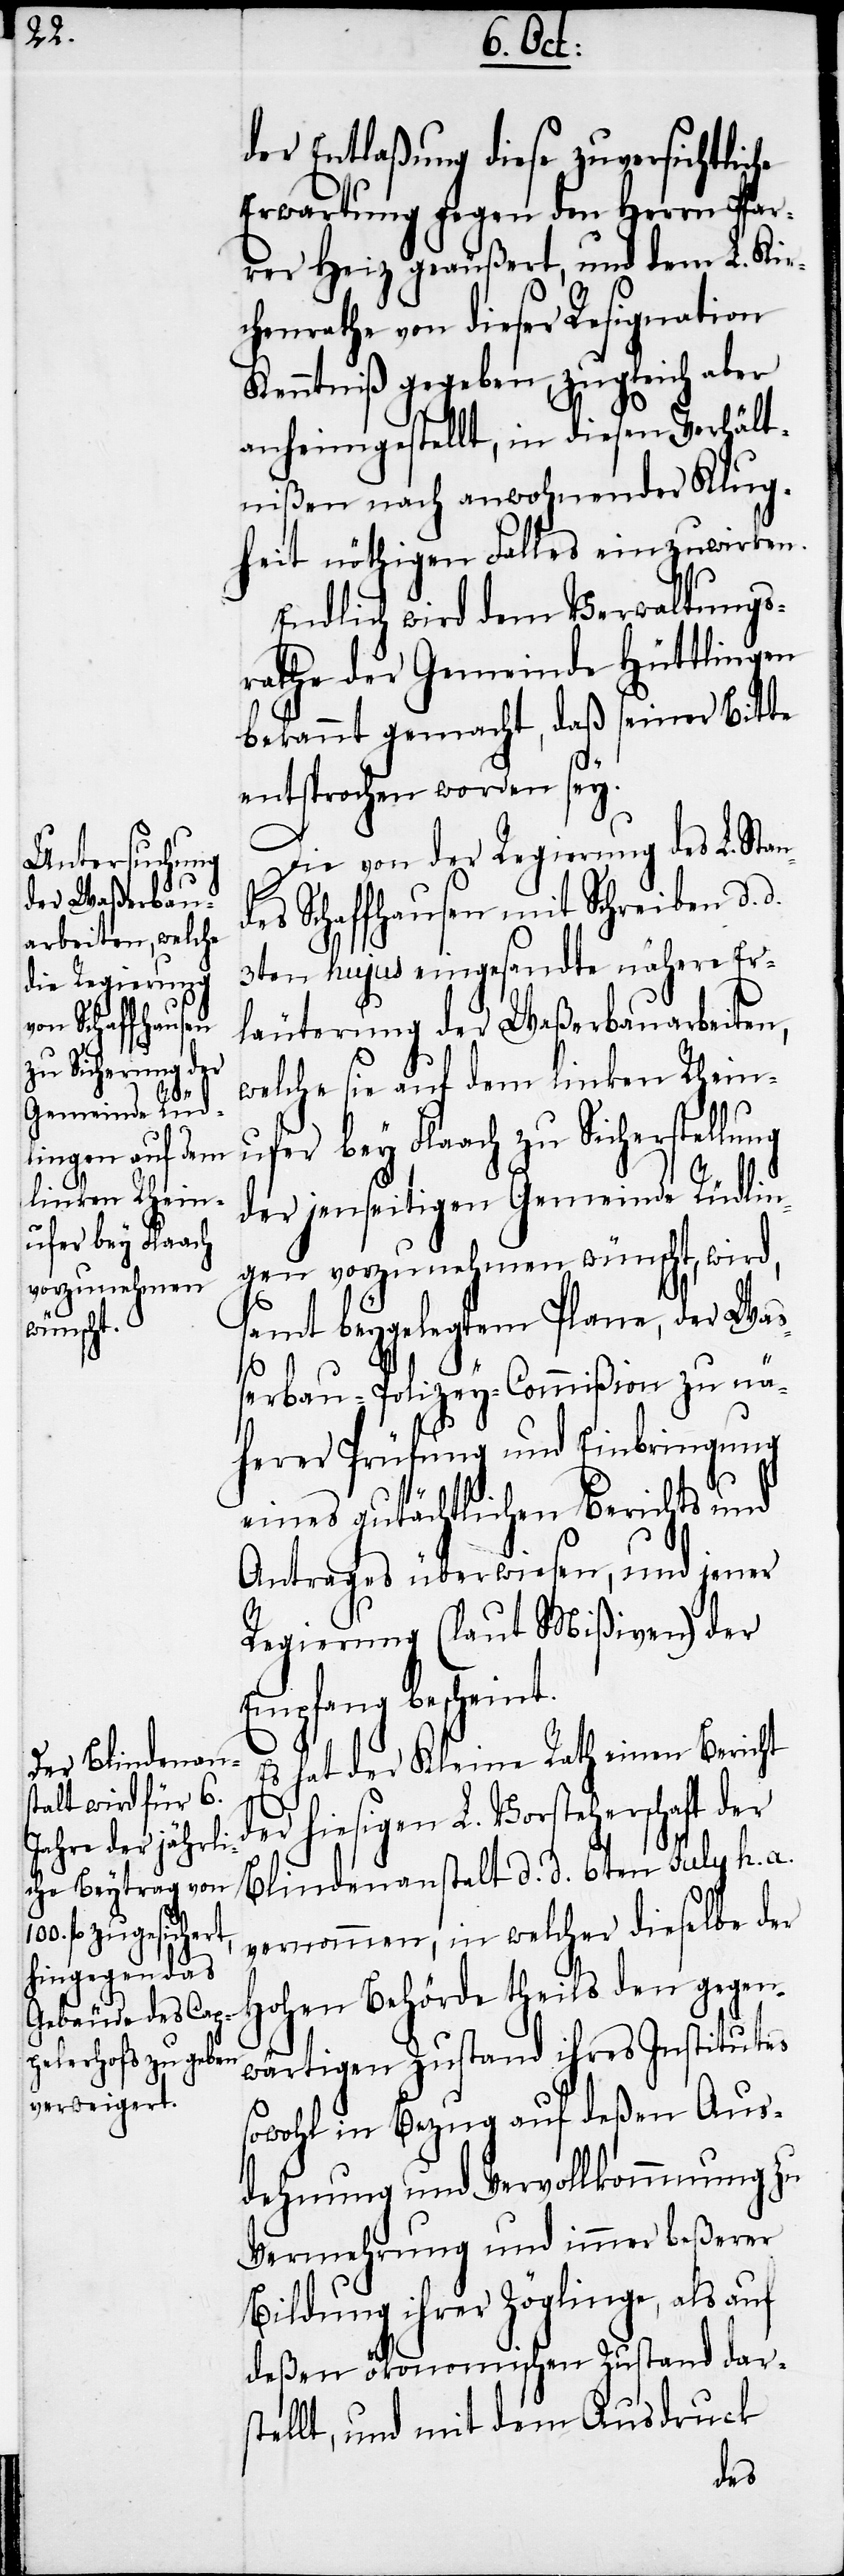
n¬

der Entlaßung diese zuversichtliche
Erwartung gegen den Herrn Pfar¬
rer Heiz geäußert, und dem L. Kir¬
chenrathe von dieser Resignation
Kenntniß gegeben, zugleich aber
anheimgestellt, in diesen Verhält¬
nißen nach anwohnender Klug¬
heit nöthigen Falles einzuwirken.
Endlich wird dem Verwaltungs¬
rathe der Gemeinde Hüttlingen
bekannt gemacht, daß seiner Bitte
entsprochen worden sey.
Die von der Regierung des L. Sta¬
des Schaffhausen mit Schreiben d.
3ten hujus eingesandte nähere Er¬
läuterung der Waßerbauarbeiten,
welche sie auf dem linken Rhein¬
ufer bey Flaach zu Sicherstellung
der jenseitigen Gemeinde Rüdlin¬
gen vorzunehmen wünscht, wird,
samt beygelegtem Plane, der Wa¬
ßerbau-Polizey-Commißion zu nä¬
herer Prüfung und Einbringung
eines gutächtlichen Berichts und
Antrages überwiesen, und jener
Regierung (laut Mißiven) der
Empfang bescheint.
Es hat der Kleine Rath einen Bericht
hiesigen L. Vorsteherschaft der
Blindenanstalt d. d. 6ten July h. a.
vernommen, in welcher dieselbe der
hohen Behörde theils den gegen¬
wärtigen Zustand ihres Institutes
sowohl in Bezug auf deßen Aus¬
dehnung und Vervollkommnung zu
Vermehrung und immer beßerer
Bildung ihrer Zöglinge, als auf
deßen ökonomischen Zustand dars¬
tellt, und mit dem Ausdruck
der